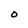
Character: O